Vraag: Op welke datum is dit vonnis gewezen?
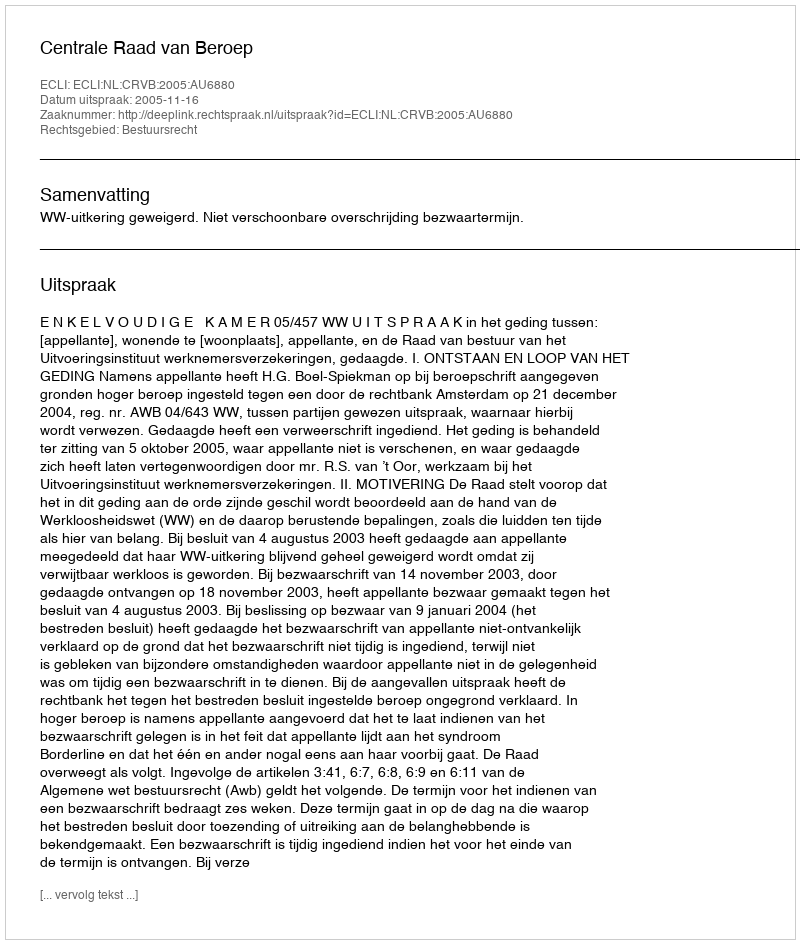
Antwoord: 2005-11-16